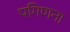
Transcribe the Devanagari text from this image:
पगिणना